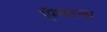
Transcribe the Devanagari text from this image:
ऍस्पारला